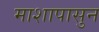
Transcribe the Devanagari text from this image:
माशापासुन